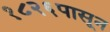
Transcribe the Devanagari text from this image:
१८२६पासून